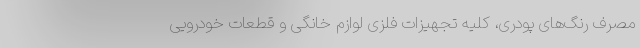
مصرف رنگ‌های پودری، کلیه تجهیزات فلزی لوازم خانگی و قطعات خودرویی